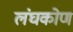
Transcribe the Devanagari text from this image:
लंघकोण